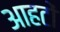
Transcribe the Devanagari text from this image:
आहटों